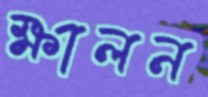
ক্ষালন